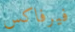
فيرفاكس